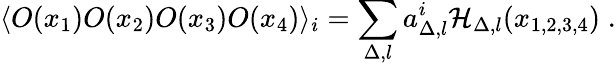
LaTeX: \langle O(x_{1})O(x_{2})O(x_{3})O(x_{4})\rangle_{i}=\sum_{\Delta,l}a_{\Delta,l}^{i}{\cal H}_{\Delta,l}(x_{1,2,3,4})\; .